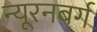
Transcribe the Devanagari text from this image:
न्यूरनबर्ग